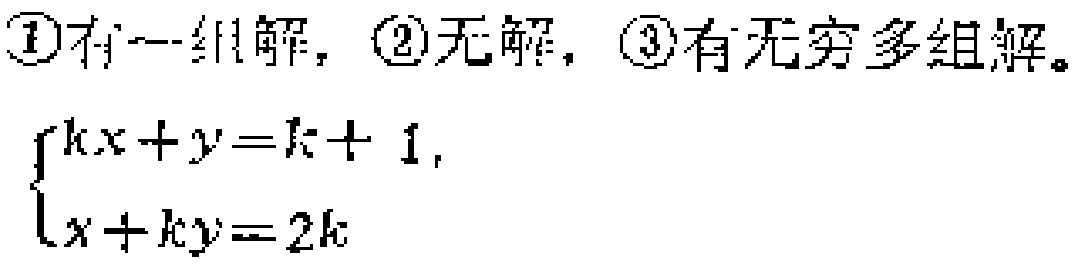
\textcircled{1}有一组解，\textcircled{2}无解，\textcircled{3}有无穷多组解。

\(\begin{cases}

kx + y = k + 1,\\

x + ky = 2k

\end{cases}\)